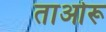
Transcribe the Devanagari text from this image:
ताओरू